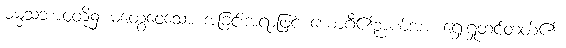
ဓမ္မသဘာဝတို့၌ မတွေဝေသော အခြင်းအရာဖြင့် ယောဂီ၏ဉာဏ်အား ရှေးရှုထင်တတ်၏။